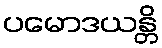
ပမောဒယန္တိ